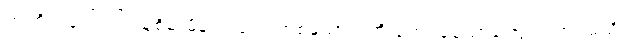
ဤတိုက်ပေါ်တွင် သူစိမ်းမိန်းကလေးတစ်ယောက်ကို တွေ့ရခဲသောကြောင့်လား မသိ။